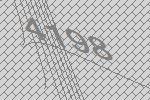
4198